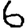
Digit: 6